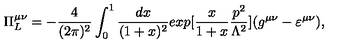
\Pi _ { L } ^ { \mu \nu } = - \frac { 4 } { ( 2 \pi ) ^ { 2 } } \int _ { 0 } ^ { 1 } \frac { d x } { ( 1 + x ) ^ { 2 } } e x p [ \frac { x } { 1 + x } \frac { p ^ { 2 } } { \Lambda ^ { 2 } } ] ( g ^ { \mu \nu } - \varepsilon ^ { \mu \nu } ) ,